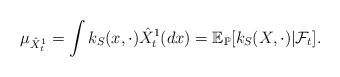
LaTeX: \begin{align*}\mu_{\hat X^1_t} = \int k_S(x, \cdot) \hat X^1_t(dx) = \mathbb{E}_{\mathbb{P}}[k_S(X,\cdot) |\mathcal{F}_t].\end{align*}